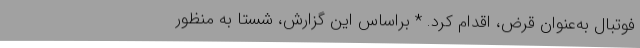
فوتبال به‌عنوان قرض، اقدام کرد. * براساس این گزارش، شستا به منظور